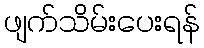
ဖျက်သိမ်းပေးရန်